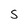
Character: S